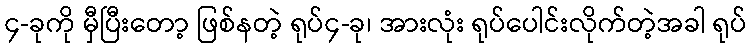
၄-ခုကို မှီပြီးတော့ ဖြစ်နတဲ့ ရုပ်၄-ခု၊ အားလုံး ရုပ်ပေါင်းလိုက်တဲ့အခါ ရုပ်